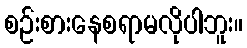
စဉ်းစားနေစရာမလိုပါဘူး။